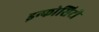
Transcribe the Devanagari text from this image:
इन्फोसिटी